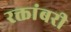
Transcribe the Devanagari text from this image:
रक्तांबरी